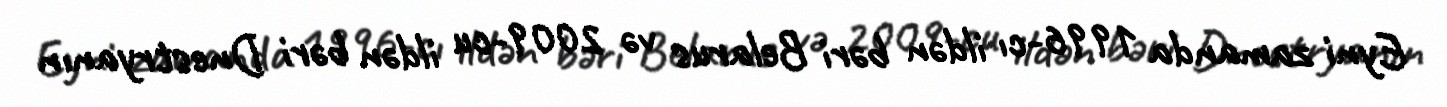
Eyni zamanda 1996-cı ildən bəri Belarus və 2009-cu ildən bəri Dnestryanın